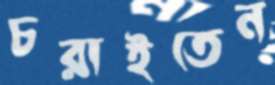
চরাইতেন